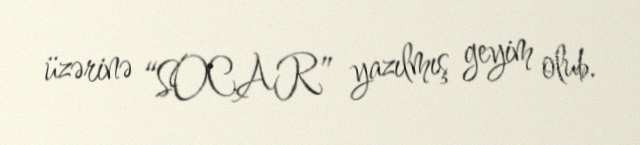
üzərinə “SOCAR” yazılmış geyim olub.